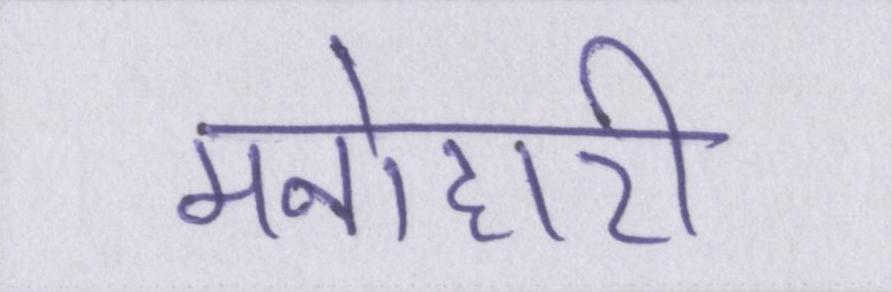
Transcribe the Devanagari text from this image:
मनोहारी